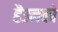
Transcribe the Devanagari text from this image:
हैंउनको